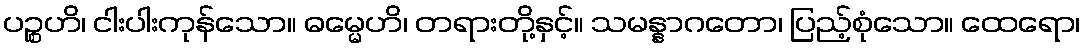
ပဉ္စဟိ၊ ငါးပါးကုန်သော။ ဓမ္မေဟိ၊ တရားတို့နှင့်။ သမန္နာဂတော၊ ပြည့်စုံသော။ ထေရော၊